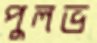
পুলভ